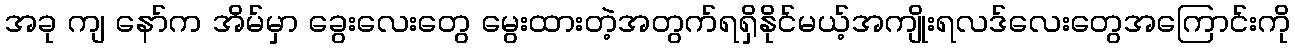
အခု ကျ နော်က အိမ်မှာ ခွေးလေးတွေ မွေးထားတဲ့အတွက်ရရှိနိုင်မယ့်အကျိုးရလဒ်လေးတွေအကြောင်းကို